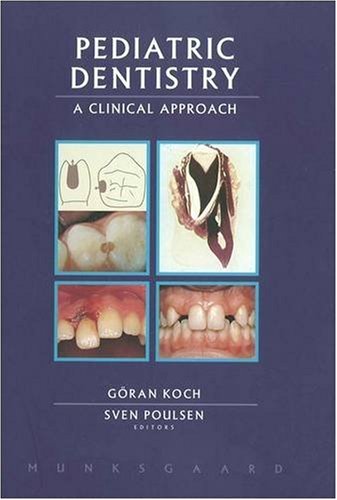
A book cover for Pediatric Dentistry: A Clinical Approach; Goran Koch; Medical Books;